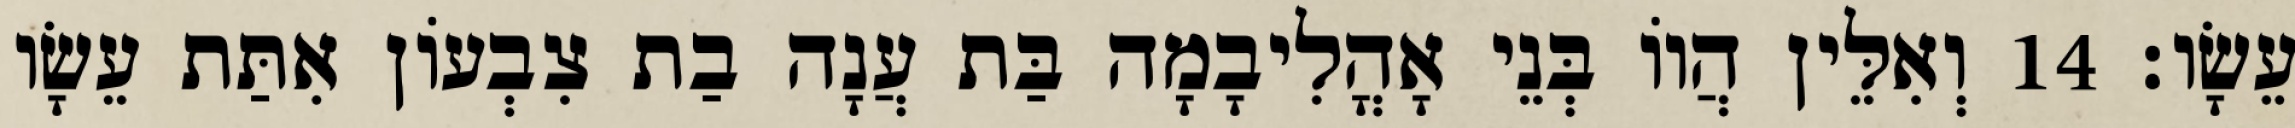
עֵשָׂו׃ 14 וְאִלֵּין הֲווֹ בְּנֵי אָהֳלִיבָמָה בַּת עֲנָה בַת צִבְעוֹן אִתַּת עֵשָׂו